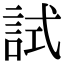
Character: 試